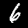
Digit: 6